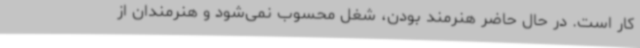
کار است. در حال حاضر هنرمند بودن، شغل محسوب نمی‌شود و هنرمندان از